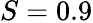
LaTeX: S=0.9